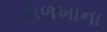
માળખાના